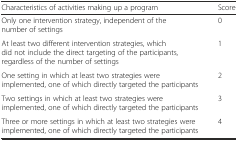
| Characteristics of activities making up a program | Score |
 | --- | --- |
 | Only one intervention strategy, independent of the number of settings | 0 |
 | At least two different intervention strategies, which did not include the direct targeting of the participants, regardless of the number of settings | 1 |
 | One setting in which at least two strategies were implemented, one of which directly targeted the participants | 2 |
 | Two settings in which at least two strategies were implemented, one of which directly targeted the participants | 3 |
 | Three or more settings in which at least two strategies were implemented, one of which directly targeted the participants | 4 |